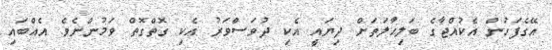
އޭގެފަހުން އެކުއްޖާގެ ބަލިޙާލަތަށް ދިޔައީ އެކި ދުވަސްވަރު އެކި ގޮތްގޮތް ވަމުންނެވެ. އެއްބައި